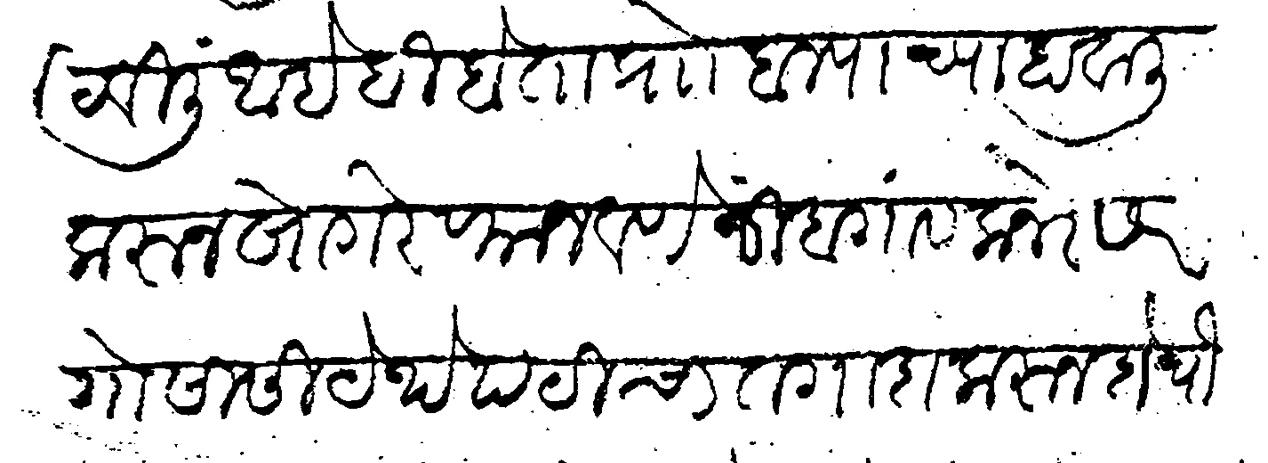
Transliteration (Devanagari): पाटविली आहे ही बेता प्राो बाल्याच्या हावाली करुन खोगरे फाजवणे निबगांव कनेरसर गोसासी येथे पटीचा तगादा करुन दोचौ